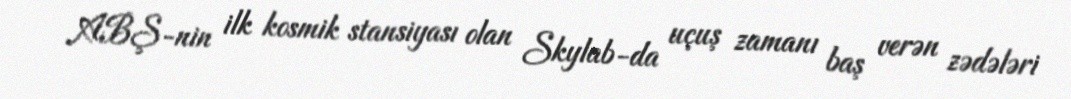
ABŞ-nin ilk kosmik stansiyası olan Skylab-da uçuş zamanı baş verən zədələri